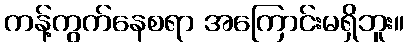
ကန့်ကွက်နေစရာ အကြောင်းမရှိဘူး။